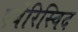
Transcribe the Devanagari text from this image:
एबेरिस्विद